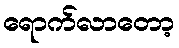
ရောက်လာတော့